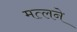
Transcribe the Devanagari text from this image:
मत्लने